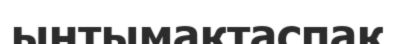
ынтымақтаспақ